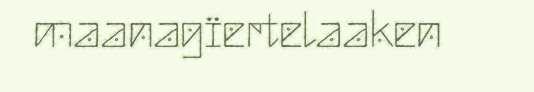
maanagïertelaaken